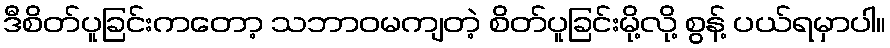
ဒီစိတ်ပူခြင်းကတော့ သဘာဝမကျတဲ့ စိတ်ပူခြင်းမို့လို့ စွန့် ပယ်ရမှာပါ။